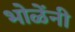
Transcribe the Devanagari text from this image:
भोळेंनी